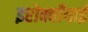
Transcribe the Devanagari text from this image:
इरोक्वॉयाई